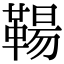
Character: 𩋬